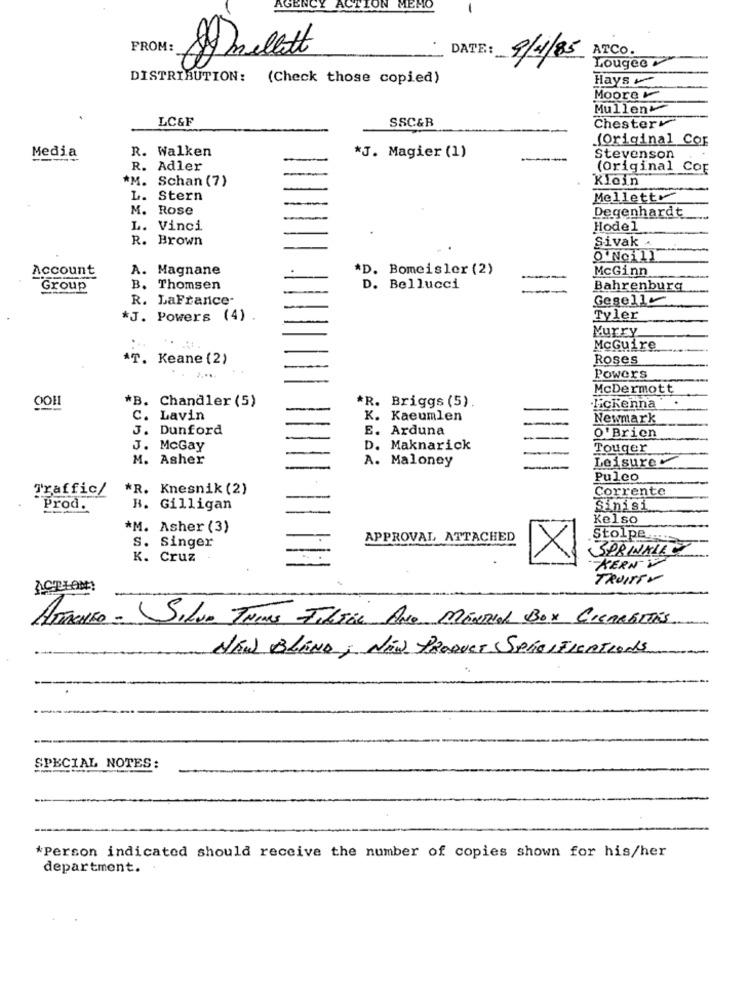
AGEN
FROM:
DATE:
ATCO.
mellett
9/1/85
Lougee
DISTRIBUTION: (Check those copied)
Hays
Moore-
Mullen
LC&F
SSC&B
Chesterv
(Original Cor
R. Walken
Media
*J. Magier (1)
Stevenson
R. Adler
(Original Cop
*M.
Schan (7)
Klein
L.
Stern
Mellett
M. Rose
Degenhardt
L. Vinci
Hodel
R. Brown
Sivak .
O'Noil]
Account
A. Magnane
*D. Bomeisler (2)
McGinn
Group
B. Thomsen
D. Bellucci
Bahrenburg
R. LaFrance-
Gesell
*J. Powers (4)
Tyler
Murry
McGuire
AT. Keane (2)
Roses
Powers
McDermott
*B. Chandler (5)
*R. Briggs (5).
Hickenna
C.
Lavin
K. Kaeumlen
Newmark
J. Dunford
E. Arduna
--
O' Brien
J. McGay
D. Maknarick
--
Touger
M. Asher
A. Maloney
Leisure
Puleo
Traffic/
*R. Knesnik (2)
Corrente
Prod.
B. Gilligan
Sinisi
Kelso
*M. Asher (3)
APPROVAL ATTACHED
Stolpe.
S. Singer
SPRINKLE
K. Cruz
X
KERN
TRUITTY
ACTION!
ATTACHED - SILVA THIS FILEEL ANO MENRed BOX CIGARETTES
NEW BLAND; NEW PRODUCT SPECIFICATIONS
SPECIAL NOTES:
*Person indicated should receive the number of copies shown for his/her
department.